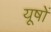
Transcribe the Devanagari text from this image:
यूषों